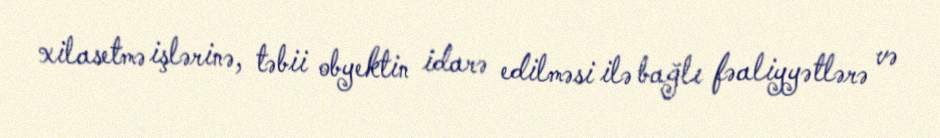
xilasetmə işlərinə, təbii obyektin idarə edilməsi ilə bağlı fəaliyyətlərə və